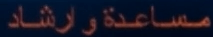
مساعدةوارشاد